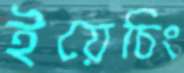
ইয়েচিং